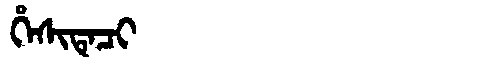
Manchu: ᡥᡝᠰᡳᡨᡝᠴᡳ
Romanization: HESITECI